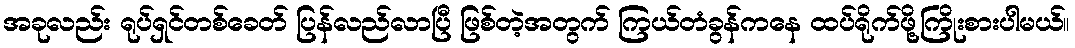
အခုလည်း ရုပ်ရှင်တစ်ခေတ် ပြန်လည်လာပြီ ဖြစ်တဲ့အတွက် ကြယ်တံခွန်ကနေ ထပ်ရိုက်ဖို့ကြိုးစားပါမယ်။